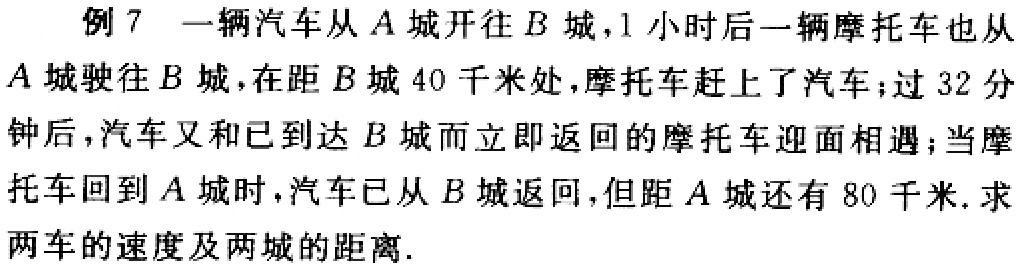
例 7 一辆汽车从 \(A\) 城开往 \(B\) 城，1 小时后一辆摩托车也从 \(A\) 城驶往 \(B\) 城，在距 \(B\) 城 40 千米处，摩托车赶上了汽车；过 32 分钟后，汽车又和已到达 \(B\) 城而立即返回的摩托车迎面相遇；当摩托车回到 \(A\) 城时，汽车已从 \(B\) 城返回，但距 \(A\) 城还有 80 千米. 求两车的速度及两城的距离.